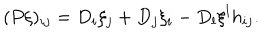
LaTeX: ( P \xi ) _ { i j } = D _ { i } \xi _ { j } + D _ { j } \xi _ { i } - D _ { l } \xi ^ { l } h _ { i j } .